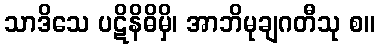
သာဒိသေ ပဋိနိဓိမှိ၊ အာဘိမုချဂတီသု စ။